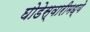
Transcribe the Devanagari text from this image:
घोडेस्वारीमध्ये